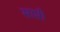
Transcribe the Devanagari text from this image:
साप्ती